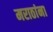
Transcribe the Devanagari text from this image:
मराठांना